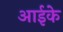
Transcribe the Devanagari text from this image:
आईके